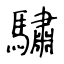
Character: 驌